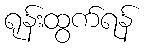
ရုန်းထွက်ရန်